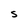
Character: 5